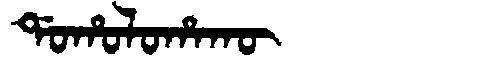
Manchu: ᡩᠣᡥᠣᠯᠣᡥᠠᡴᡡ
Romanization: DOHOLOHAKŪ